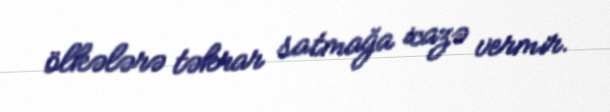
ölkələrə təkrar satmağa icazə vermir.